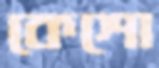
কেশো